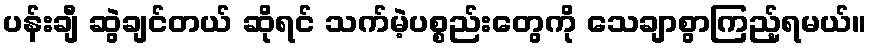
ပန်းချီ ဆွဲချင်တယ် ဆိုရင် သက်မဲ့ပစ္စည်းတွေကို သေချာစွာကြည့်ရမယ်။